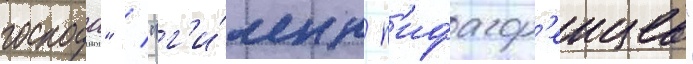
господа" / "г'и́мн п'ифагор'еицев"